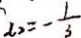
x _ { 2 } = - \frac { 1 } { 3 }